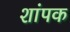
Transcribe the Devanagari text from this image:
शांपक